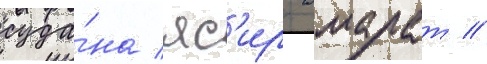
суда́на яс'ир амарат //